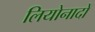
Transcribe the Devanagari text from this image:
लियोनादों